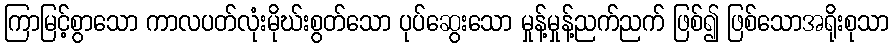
ကြာမြင့်စွာသော ကာလပတ်လုံးမိုဃ်းစွတ်သော ပုပ်ဆွေးသော မှုန့်မှုန့်ညက်ညက် ဖြစ်၍ ဖြစ်သောအရိုးစုသာ